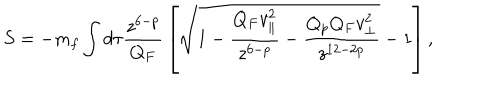
LaTeX: S = - m _ { f } \int d \tau { \frac { z ^ { 6 - p } } { Q _ { F } } } \left[ \sqrt { 1 - { \frac { Q _ { F } v _ { \parallel } ^ { 2 } } { z ^ { 6 - p } } } - { \frac { Q _ { p } Q _ { F } v _ { \perp } ^ { 2 } } { z ^ { 1 2 - 2 p } } } } - 1 \right] ,